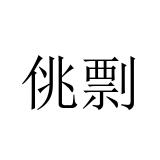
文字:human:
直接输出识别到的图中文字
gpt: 佻剽